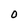
Character: O